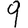
Digit: 9